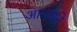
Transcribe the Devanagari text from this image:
आम्लाने